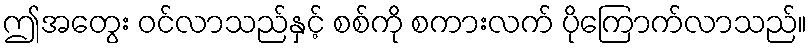
ဤအတွေး ဝင်လာသည်နှင့် စစ်ကို စကားလက် ပိုကြောက်လာသည်။